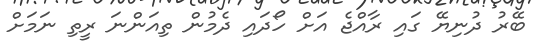
ބޭރު ދުނިޔޭ ގައި ރާއްޖެ އަށް ހޯދައި ދެމުން ތިއަންނަ ރީތި ނަމަށް